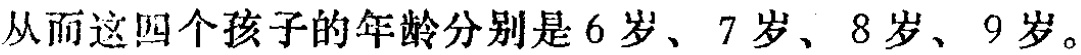
从而这四个孩子的年龄分别是6岁、7岁、8岁、9岁。